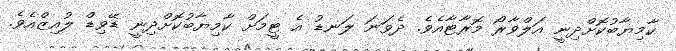
ކާމިޔާބުކޮށްދިނީ އަލްވާރޯ މޮރާޓާއެވެ. ދެވަނަ ލަނޑު އެ ޓީމަށް ކާމިޔާބުކޮށްދިނީ ޑޭވިޑް ލުއިޒްއެވެ.